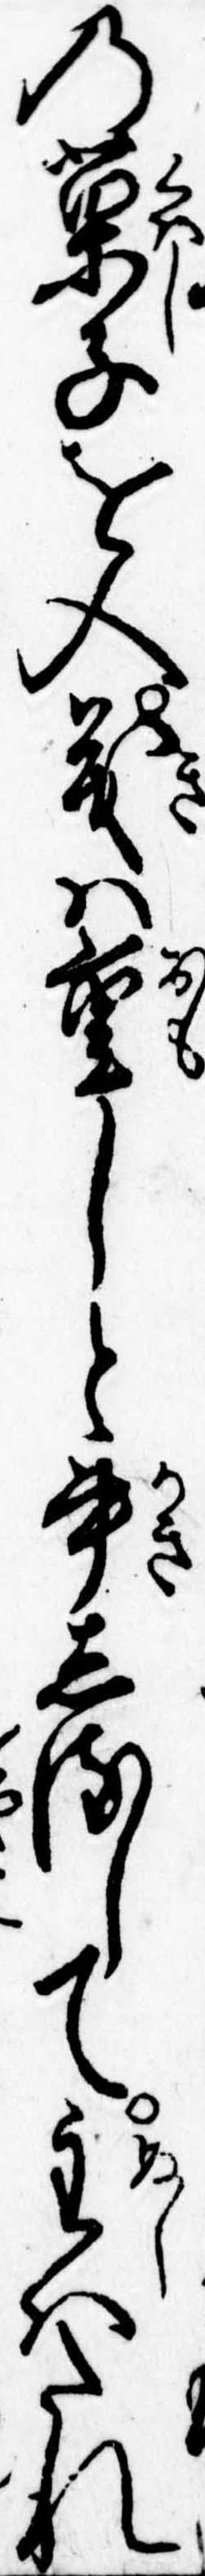
の菓子を入義は重しと書しるして主はたれ